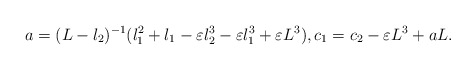
\begin{align*}a=(L-l_2)^{-1} (l_1^2+l_1-\varepsilon l_2^3-\varepsilon l_1^3 + \varepsilon L^3), c_1=c_2 -\varepsilon L^3 + aL.\end{align*}